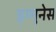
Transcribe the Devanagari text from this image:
इम्मुनेस